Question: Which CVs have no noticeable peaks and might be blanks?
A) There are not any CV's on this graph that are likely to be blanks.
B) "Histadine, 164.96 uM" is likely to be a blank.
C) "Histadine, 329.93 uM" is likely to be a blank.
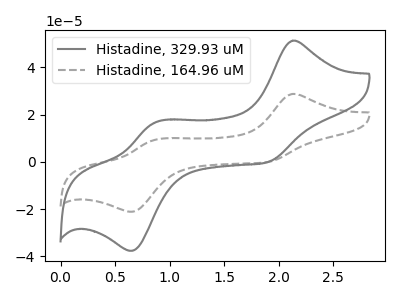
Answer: <think>The gray curve "Histadine, 329.93 uM" has anodic peaks at (2.15V, 51.25uA) (0.85V, 16.65uA) and cathodic peaks at (1.90V, -0.10uA) (0.65V, -37.60uA). The gray dashed curve "Histadine, 164.96 uM" has anodic peaks at (2.15V, 28.75uA) (0.85V, 9.35uA) and cathodic peaks at (1.90V, -0.05uA) (0.65V, -21.05uA).</think>
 <answer>A) There are not any CV's on this graph that are likely to be blanks.</answer>
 <eval>A</eval>